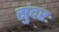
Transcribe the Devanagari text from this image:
सुंदरः